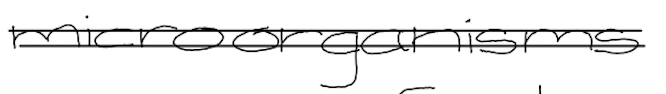
Text: microorganisms
Cross-out: double-line
Writing tool: digital_black